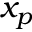
x _ { p }